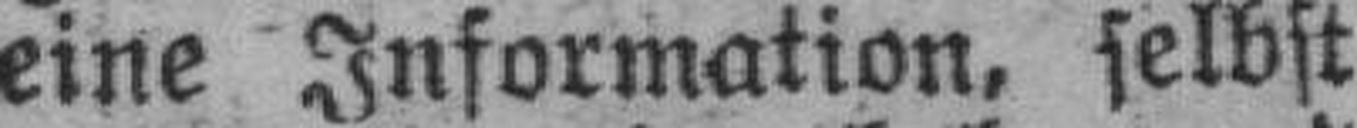
eine Information, selbst